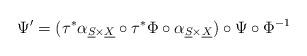
LaTeX: \begin{align*}\Psi'=(\tau^{*}\alpha_{\underline{S}\times\underline{X}}\circ\tau^{*}\Phi\circ\alpha_{\underline{S}\times\underline{X}})\circ\Psi\circ\Phi^{-1}\end{align*}